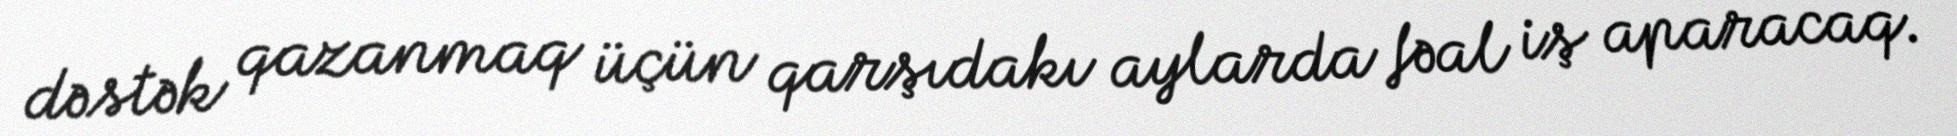
dəstək qazanmaq üçün qarşıdakı aylarda fəal iş aparacaq.